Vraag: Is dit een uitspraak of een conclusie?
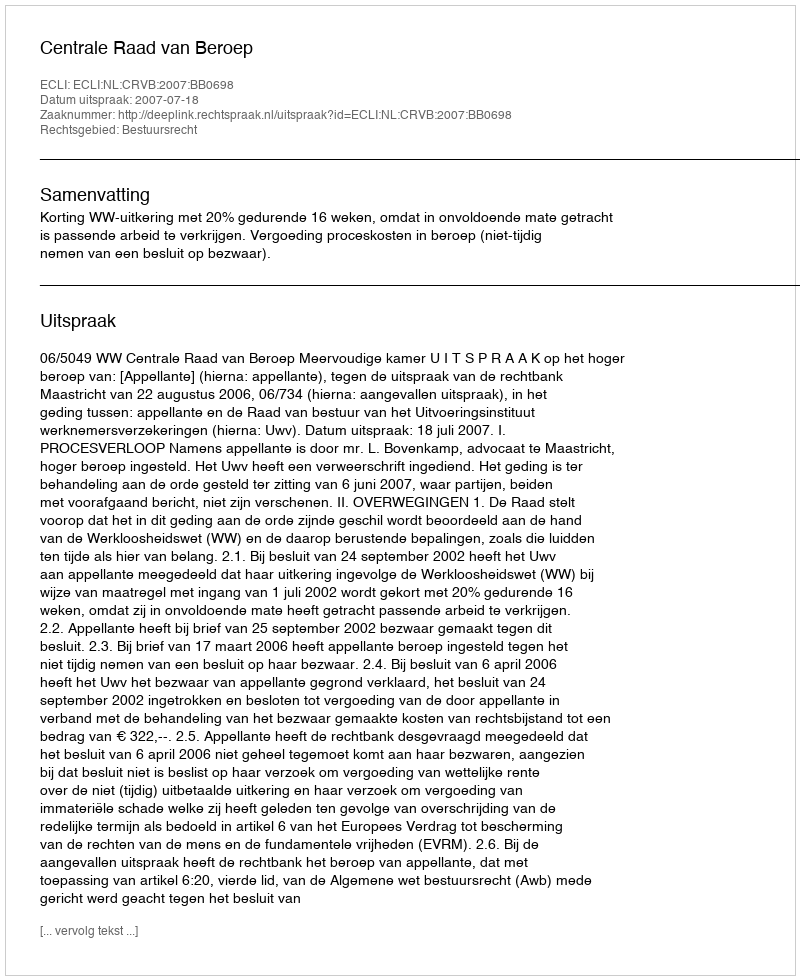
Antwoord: Uitspraak